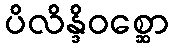
ပိလိန္ဒိဝစ္ဆော